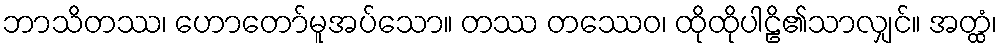
ဘာသိတဿ၊ ဟောတော်မူအပ်သော။ တဿ တဿေဝ၊ ထိုထိုပါဠိ၏သာလျှင်။ အတ္ထံ၊